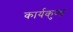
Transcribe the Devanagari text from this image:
कार्यकुण्ड